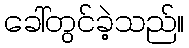
ခေါ်တွင်ခဲ့သည်။